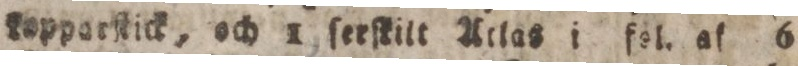
kapparſtick, och 1 ſerſkilt Atlas i fol. af 6